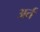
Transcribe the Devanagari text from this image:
अर्त